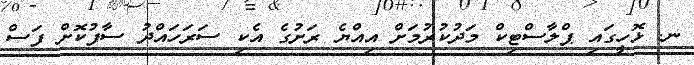
ނ. ޅޮހީގައި ޕްލާސްޓިކް މަދުކުރުމަށް އިއްޔެ ރަށުގެ އެކި ސަރަހައްދު ސާފުކޮށް ފަސް